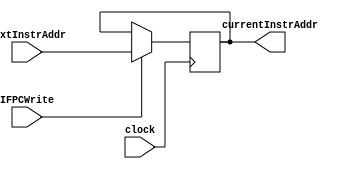
module PC ( nextInstrAddr, clock, currentInstrAddr, IFPCWrite );
    input       [31:0]  nextInstrAddr;
    input               clock, IFPCWrite;
    output reg  [31:0]  currentInstrAddr;

    initial
        currentInstrAddr = -4;

    always @ (posedge clock)
        if  ( IFPCWrite )
            currentInstrAddr = nextInstrAddr;
        else
            ;
endmodule